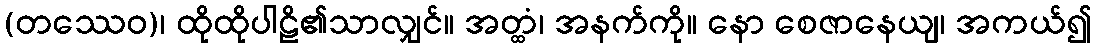
(တဿေဝ)၊ ထိုထိုပါဠိ၏သာလျှင်။ အတ္ထံ၊ အနက်ကို။ နော စေဇာနေယျ၊ အကယ်၍